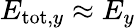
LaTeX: E_{\mathrm{tot},y}\approx E_{y}